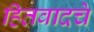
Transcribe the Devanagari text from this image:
हितवादचे